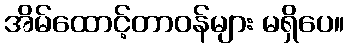
အိမ်ထောင့်တာဝန်များ မရှိပေ။